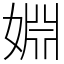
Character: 婣